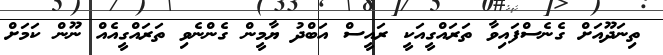
ތިނަދޫއަށް ގެނެސްފައިވާ ތަރައްގީއަކީ ރައީސް އަބްދު ޔާމީން ގެންނެވި ތަރައްގީއެއް ނޫން ކަމަށް